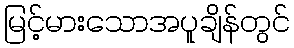
မြင့်မားသောအပူချိန်တွင်